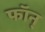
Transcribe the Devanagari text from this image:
फॉन्